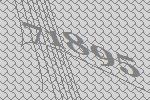
71895